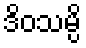
ဒိဝသမ္ပိ